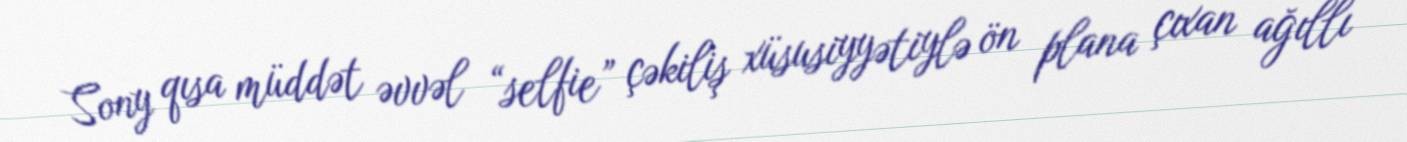
Sony qısa müddət əvvəl “selfie” çəkiliş xüsusiyyətiylə ön plana çıxan ağıllı